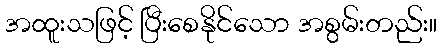
အထူးသဖြင့် ပြီးစေနိုင်သော အစွမ်းတည်း။